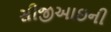
સીજીઆઇની